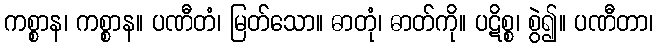
ကစ္စာန၊ ကစ္စာန။ ပဏီတံ၊ မြတ်သော။ ဓာတုံ၊ ဓာတ်ကို။ ပဋိစ္စ၊ စွဲ၍။ ပဏီတာ၊